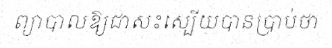
ព្យាបាលឱ្យជាសះស្បើយបានប្រាប់ថា